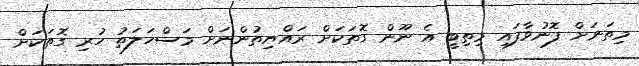
މިތަނަށް ފޮނުވާފައި މިތިބީ އެ ނޫން ގޮތަކަށް ރައްޔިތުންނަށް މަސްހަލަތު ހުރި ގޮތަކަށް